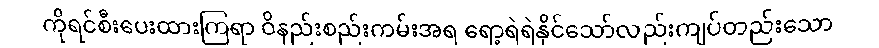
ကိုရင်စီးပေးထားကြရာ ဝိနည်းစည်းကမ်းအရ ရော့ရဲရဲနိုင်သော်လည်းကျပ်တည်းသော